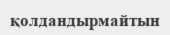
қолдандырмайтын